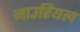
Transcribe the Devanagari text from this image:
नाउरियल